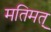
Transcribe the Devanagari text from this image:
मतिमत्‌